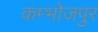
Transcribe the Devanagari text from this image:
कम्भोजपुर